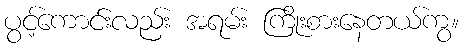
ပွင့်ကောင်းလည်း အရမ်း ကြိုးစားနေတယ်ကွ။